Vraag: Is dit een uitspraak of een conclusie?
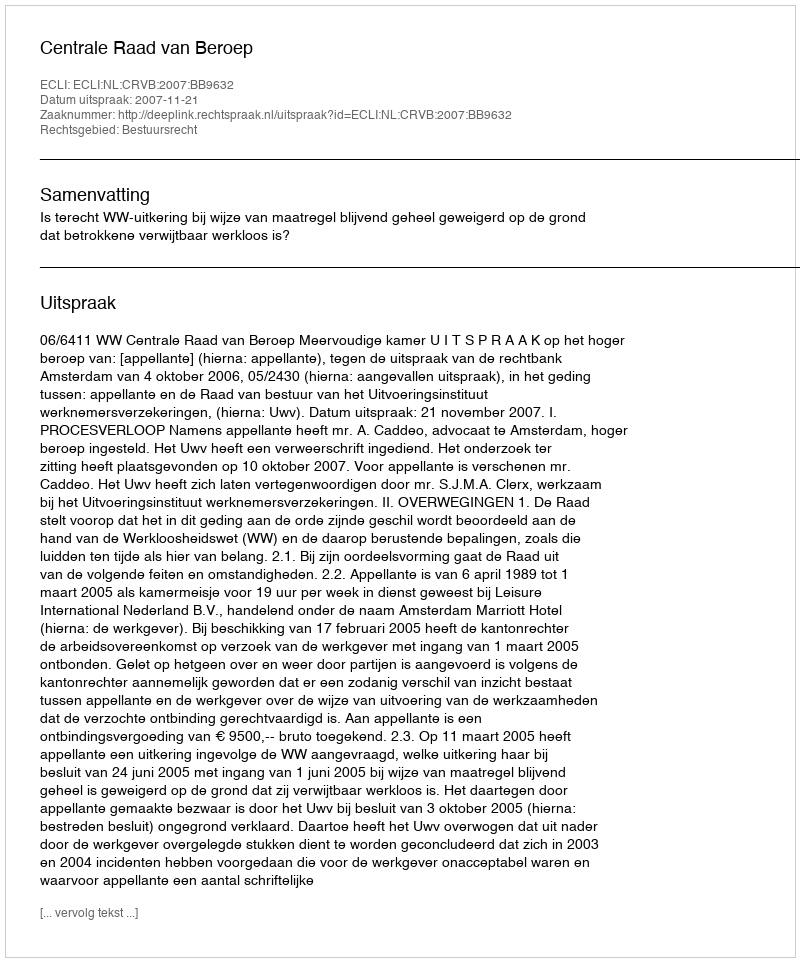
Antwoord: Uitspraak